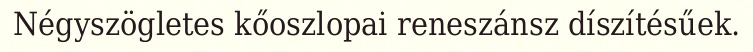
Négyszögletes kőoszlopai reneszánsz díszítésűek.